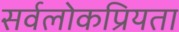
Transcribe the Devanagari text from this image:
सर्वलोकप्रियता